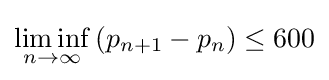
\liminf _{n\to \infty }\left(p_{n+1}-p_{n}\right)\leq 600